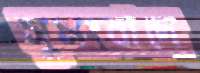
সুসংবাদে